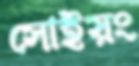
সোইয়ং